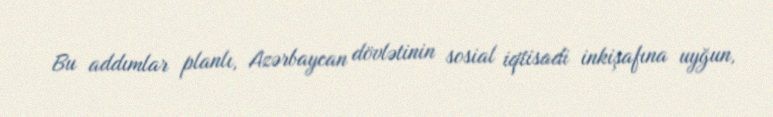
Bu addımlar planlı, Azərbaycan dövlətinin sosial iqtisadi inkişafına uyğun,